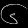
Digit: ၆